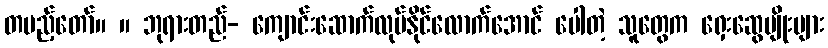
တပည့်တော်။ ။ ဘုရားတည်- ကျောင်းဆောက်လုပ်နိုင်လောက်အောင် ပေါတဲ့ သူတွေက ရှေးဆွေမျိုးများ